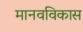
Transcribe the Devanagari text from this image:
मानवविकास